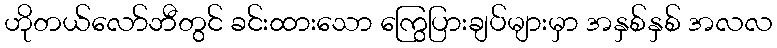
ဟိုတယ်လော်ဘီတွင် ခင်းထားသော ကြွေပြားချပ်များမှာ အနှစ်နှစ် အလလ